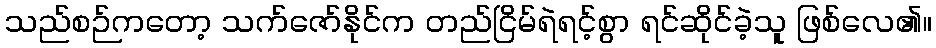
သည်စဉ်ကတော့ သက်ဇော်နိုင်က တည်ငြိမ်ရဲရင့်စွာ ရင်ဆိုင်ခဲ့သူ ဖြစ်လေ၏။